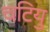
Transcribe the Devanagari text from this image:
चटियु